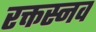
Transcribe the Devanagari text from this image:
रक्तस्नव